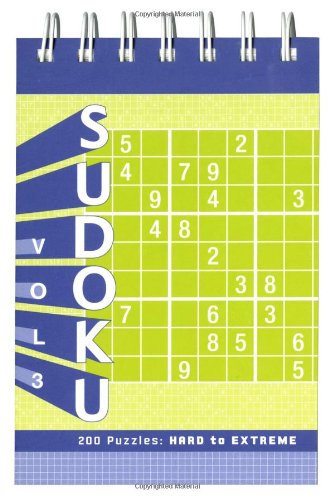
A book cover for Sudoku 3: 200 Puzzles: Hard to Extreme; Chronicle Books; Humor & Entertainment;